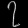
Digit: ၇